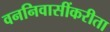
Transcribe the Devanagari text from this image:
वननिवासींकरीता